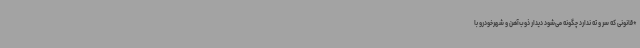
*قانونی که سر و ته ندارد چگونه می‌شود دیدار ذوب‌آهن و شهرخودرو با